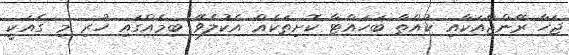
ޖަހާ ރޭންޖްއަކާއި ކުއްތާ ބަހައްޓާ ކޮށިތަކެއް އެކުލެވޭ ބިމެއްގައި ހުރި މި ގެއަކީ